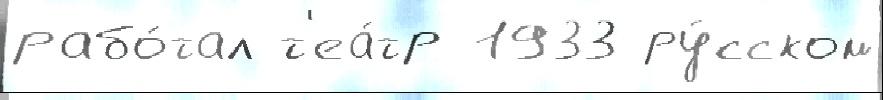
рабо́тал т'еа́тр 1933 ру́сском